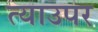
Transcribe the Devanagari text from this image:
त्याउपर